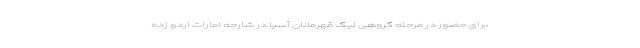
برای حضور در مرحله گروهی لیگ قهرمانان آسیا در شارجه امارات اردو زده